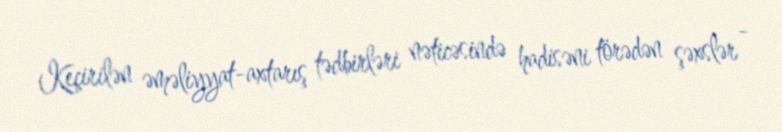
Keçirilən əməliyyat-axtarış tədbirləri nəticəsində hadisəni törədən şəxslər -